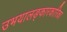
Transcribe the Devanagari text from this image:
उभयालङ्कारकारिका